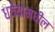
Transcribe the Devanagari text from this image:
ध्येयामधील